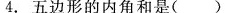
4.五边形的内角和是()